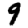
Digit: 9